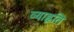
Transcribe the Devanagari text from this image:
व्याहृति